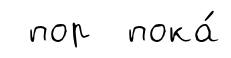
пор пока́